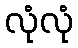
လုံလုံ